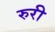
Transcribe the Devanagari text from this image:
रुरी